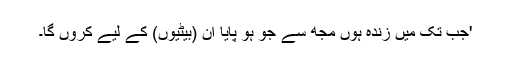
'جب تک میں زندہ ہوں مجھ سے جو ہو پایا ان (بیٹیوں) کے لیے کروں گا۔